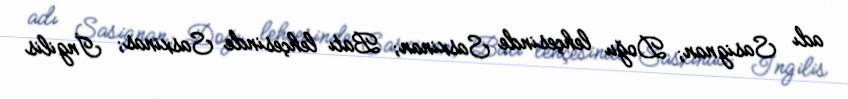
adı Sasignan; Doğu lehçesinde Sasxinan; Batı lehçesinde Sasxinas; İngilis